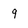
Character: 9